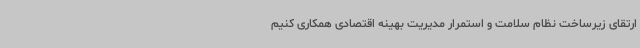
ارتقای زیرساخت نظام سلامت و استمرار مدیریت بهینه اقتصادی همکاری کنیم